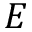
E